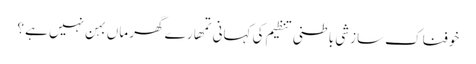
خوفناک سازشی باطنی تنظیم کی کہانی	تمھارے گھر ماں بہن نہیں ہے ؟